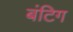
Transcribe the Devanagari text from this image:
बंटिग